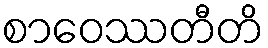
စာဝေဿတီတိ